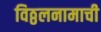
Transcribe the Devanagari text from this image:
विठ्ठलनामाची